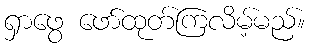
ရှာဖွေ ဖော်ထုတ်ကြလိမ့်မည်။